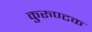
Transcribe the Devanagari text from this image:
कुरुण्टक